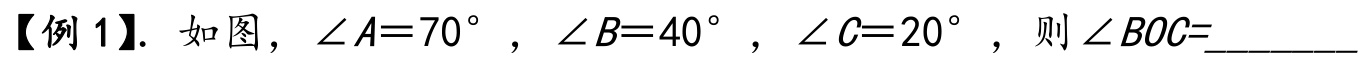
【例1】. 如图，\(\angle A = 70^{\circ}\)，\(\angle B = 40^{\circ}\)，\(\angle C = 20^{\circ}\)，则\(\angle BOC=\)_________